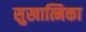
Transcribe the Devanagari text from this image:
सुखात्मिका